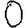
Digit: 0